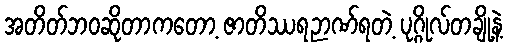
အတိတ်ဘဝဆိုတာကတော့ ဇာတိဿရဉာဏ်ရတဲ့ ပုဂ္ဂိုလ်တချို့နဲ့